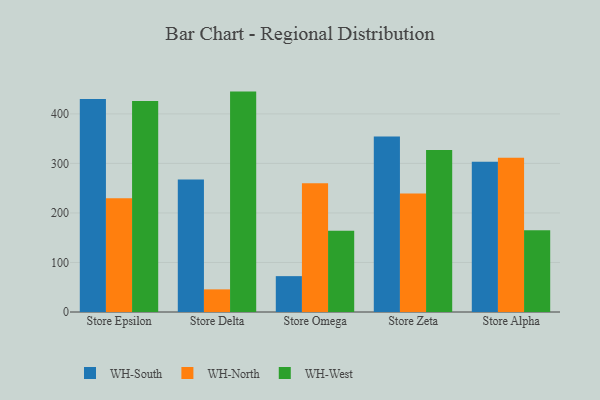
{"axis": {"x": "Store", "y": "Humidity (%)"}, "legend": ["WH-North", "WH-South", "WH-West"], "data": [{"x": "Store Epsilon", "y": 430.3, "type": "WH-South"}, {"x": "Store Epsilon", "y": 229.5, "type": "WH-North"}, {"x": "Store Epsilon", "y": 426.2, "type": "WH-West"}, {"x": "Store Delta", "y": 267.4, "type": "WH-South"}, {"x": "Store Delta", "y": 45.7, "type": "WH-North"}, {"x": "Store Delta", "y": 445.0, "type": "WH-West"}, {"x": "Store Omega", "y": 72.4, "type": "WH-South"}, {"x": "Store Omega", "y": 259.9, "type": "WH-North"}, {"x": "Store Omega", "y": 164.3, "type": "WH-West"}, {"x": "Store Zeta", "y": 354.5, "type": "WH-South"}, {"x": "Store Zeta", "y": 239.4, "type": "WH-North"}, {"x": "Store Zeta", "y": 327.0, "type": "WH-West"}, {"x": "Store Alpha", "y": 303.3, "type": "WH-South"}, {"x": "Store Alpha", "y": 311.2, "type": "WH-North"}, {"x": "Store Alpha", "y": 165.1, "type": "WH-West"}]}